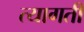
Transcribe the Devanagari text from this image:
त्यागतीं